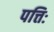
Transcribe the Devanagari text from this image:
पत्तिः